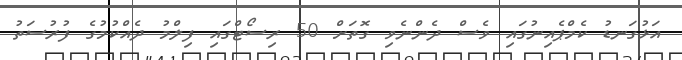
އަޅުގަނޑު ކެމްޕެއިނުގައި ވެސް ދެންނެވި ގޮތަށް 50 ރިސޯޓްގައި ފިލްމު ދެއްކުމުގެ ފުރުސަތު